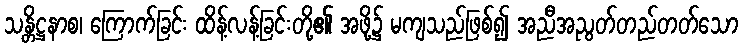
သန္တိဋ္ဌနာစ၊ ကြောက်ခြင်း ထိန့်လန့်ခြင်းတို့၏ အဖို့၌ မကျသည်ဖြစ်၍ အညီအညွတ်တည်တတ်သော